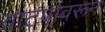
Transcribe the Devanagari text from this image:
वाटपावरून